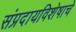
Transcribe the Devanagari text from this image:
संप्रदायविशेषाचे